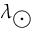
\lambda _ { \bigodot }